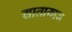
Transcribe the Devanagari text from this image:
यातायाज